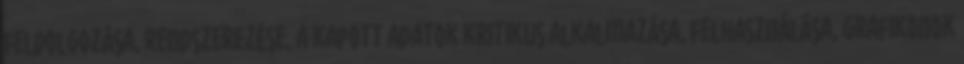
feldolgozása, rendszerezése, a kapott adatok kritikus alkalmazása, felhasználása, grafikonok